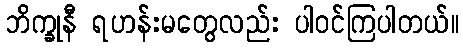
ဘိက္ခုနီ ရဟန်းမတွေလည်း ပါဝင်ကြပါတယ်။